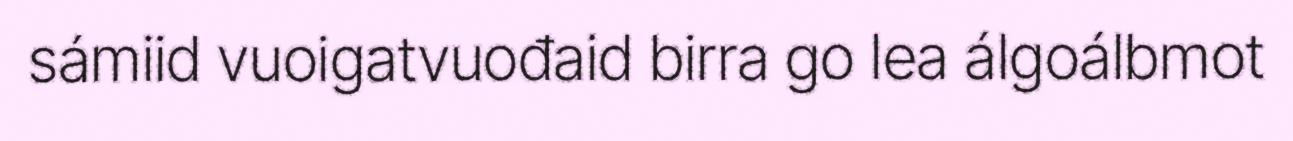
sámiid vuoigatvuođaid birra go lea álgoálbmot